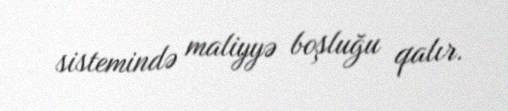
sistemində maliyyə boşluğu qalır.